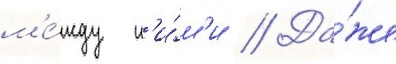
м'е́жду н'и́м'и // Да́же